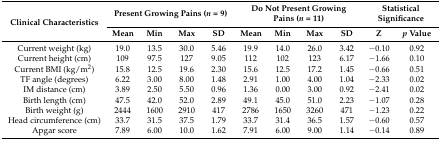
<table><thead><tr><td rowspan="2"><b>Clinical Characteristics</b></td><td colspan="4"><b>Present Growing Pains (<i>n</i> = 9)</b></td><td colspan="4"><b>Do Not Present Growing Pains (<i>n</i> = 11)</b></td><td colspan="2"><b>Statistical Significance</b></td></tr><tr><td><b>Mean</b></td><td><b>Min</b></td><td><b>Max</b></td><td><b>SD</b></td><td><b>Mean</b></td><td><b>Min</b></td><td><b>Max</b></td><td><b>SD</b></td><td><b>Z</b></td><td><b><i>p</i> Value</b></td></tr></thead><tbody><tr><td>Current weight (kg)</td><td>19.0</td><td>13.5</td><td>30.0</td><td>5.46</td><td>19.9</td><td>14.0</td><td>26.0</td><td>3.42</td><td>−0.10</td><td>0.92</td></tr><tr><td>Current height (cm)</td><td>109</td><td>97.5</td><td>127</td><td>9.05</td><td>112</td><td>102</td><td>123</td><td>6.17</td><td>−1.66</td><td>0.10</td></tr><tr><td>Current BMI (kg/m<sup>2</sup>)</td><td>15.8</td><td>12.5</td><td>19.6</td><td>2.30</td><td>15.6</td><td>12.5</td><td>17.2</td><td>1.45</td><td>−0.66</td><td>0.51</td></tr><tr><td>TF angle (degrees)</td><td>6.22</td><td>3.00</td><td>8.00</td><td>1.48</td><td>2.91</td><td>1.00</td><td>4.00</td><td>1.04</td><td>−2.33</td><td>0.02</td></tr><tr><td>IM distance (cm)</td><td>3.89</td><td>2.50</td><td>5.50</td><td>0.96</td><td>1.36</td><td>0.00</td><td>3.00</td><td>0.92</td><td>−2.41</td><td>0.02</td></tr><tr><td>Birth length (cm)</td><td>47.5</td><td>42.0</td><td>52.0</td><td>2.89</td><td>49.1</td><td>45.0</td><td>51.0</td><td>2.23</td><td>−1.07</td><td>0.28</td></tr><tr><td>Birth weight (g)</td><td>2444</td><td>1600</td><td>2910</td><td>417</td><td>2786</td><td>1650</td><td>3260</td><td>471</td><td>−1.23</td><td>0.22</td></tr><tr><td>Head circumference (cm)</td><td>33.7</td><td>31.5</td><td>37.5</td><td>1.79</td><td>33.7</td><td>31.4</td><td>36.5</td><td>1.57</td><td>−0.60</td><td>0.57</td></tr><tr><td>Apgar score</td><td>7.89</td><td>6.00</td><td>10.0</td><td>1.62</td><td>7.91</td><td>6.00</td><td>9.00</td><td>1.14</td><td>−0.14</td><td>0.89</td></tr></tbody></table>